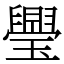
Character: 璺